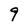
Character: 9